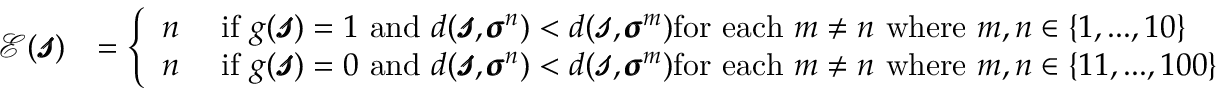
\begin{array} { r l } { \mathcal { E } ( \pmb { \mathscr { s } } ) } & { = \left\{ \begin{array} { l l } { n } & { \mathrm { ~ i f ~ } g ( \pmb { \mathscr { s } } ) = 1 \mathrm { ~ a n d ~ } d ( \pmb { \mathscr { s } } , \pmb { \sigma } ^ { n } ) < d ( \pmb { \mathscr { s } } , \pmb { \sigma } ^ { m } ) \mathrm { f o r ~ e a c h ~ } m \neq n \mathrm { ~ w h e r e ~ } m , n \in \{ 1 , . . . , 1 0 \} } \\ { n } & { \mathrm { ~ i f ~ } g ( \pmb { \mathscr { s } } ) = 0 \mathrm { ~ a n d ~ } d ( \pmb { \mathscr { s } } , \pmb { \sigma } ^ { n } ) < d ( \pmb { \mathscr { s } } , \pmb { \sigma } ^ { m } ) \mathrm { f o r ~ e a c h ~ } m \neq n \mathrm { ~ w h e r e ~ } m , n \in \{ 1 1 , . . . , 1 0 0 \} } \end{array} \right. } \end{array}